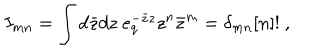
LaTeX: I _ { m n } = \int d \bar { z } d z \ e _ { q } ^ { - \bar { z } z } z ^ { n } \bar { z } ^ { m } = \delta _ { m n } [ n ] ! \ ,